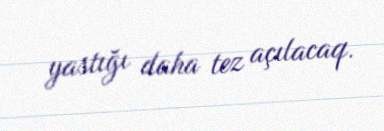
yastığı daha tez açılacaq.